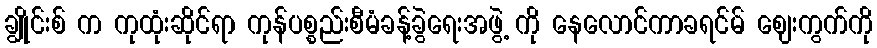
ချွိုင်းစ် က ကုထုံးဆိုင်ရာ ကုန်ပစ္စည်းစီမံခန့်ခွဲရေးအဖွဲ့ ကို နေလောင်ကာခရင်မ် ဈေးကွက်ကို